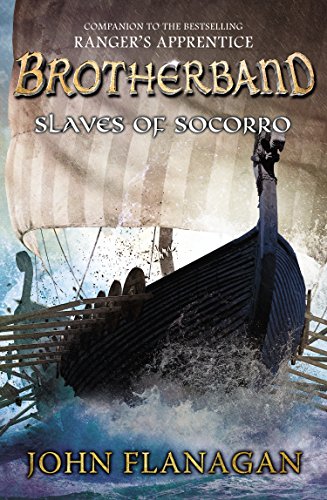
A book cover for Slaves of Socorro (The Brotherband Chronicles); John A. Flanagan; Children's Books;